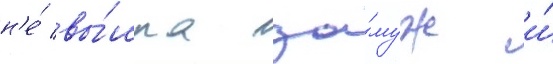
н'е́ вы́шла за́муж и́